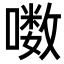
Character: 𪢒